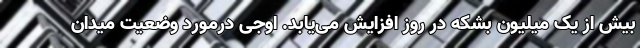
بیش از یک میلیون بشکه در روز افزایش می‌یابد. اوجی درمورد وضعیت میدان